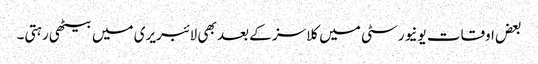
بعض اوقات یونیورسٹی میں کلاسز کے بعد بھی لائبریری میں بیٹھی رہتی۔